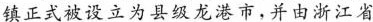
镇正式被设立为县级龙港市，并由浙江省